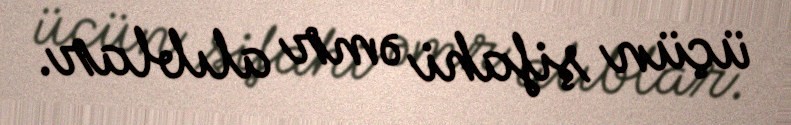
üçün şifahi əmr alıblar.